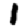
Digit: 1